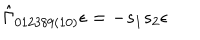
\hat { \Gamma } _ { 0 1 2 3 8 9 ( 1 0 ) } \epsilon = - s _ { 1 } s _ { 2 } \epsilon